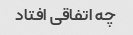
چه اتفاقی افتاد